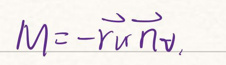
$M = - r \hat{u} n \hat{v}$